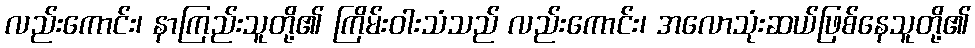
လည်းကောင်း၊ နာကြည်းသူတို့၏ ကြိမ်းဝါးသံသည် လည်းကောင်း၊ အလောသုံးဆယ်ဖြစ်နေသူတို့၏